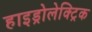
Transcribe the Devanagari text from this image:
हाइड्रोलेक्ट्रिक